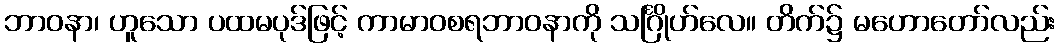
ဘာဝနာ၊ ဟူသော ပထမပုဒ်ဖြင့် ကာမာဝစရဘာဝနာကို သင်္ဂြိုဟ်လေ။ တိက်၌ မဟောတော်လည်း